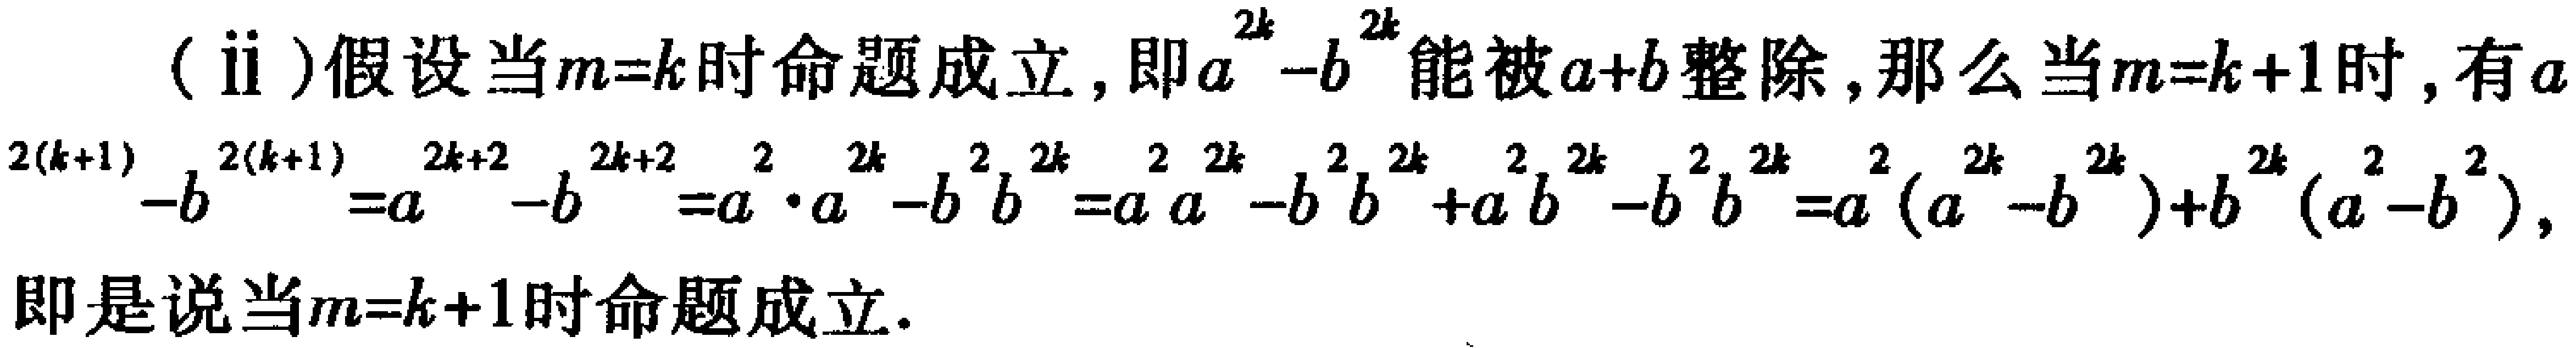
(ii)假设当\(m = k\)时命题成立，即\(a^{2k}-b^{2k}\)能被\(a + b\)整除，那么当\(m = k + 1\)时，有\(a^{2(k + 1)}-b^{2(k + 1)}=a^{2k + 2}-b^{2k + 2}=a^{2}\cdot a^{2k}-b^{2}b^{2k}=a^{2}a^{2k}-b^{2}b^{2k}+a^{2}b^{2k}-b^{2}b^{2k}=a^{2}(a^{2k}-b^{2k})+b^{2k}(a^{2}-b^{2})\)，即是说当\(m = k + 1\)时命题成立。